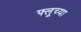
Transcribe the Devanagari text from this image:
फ्लूच्या